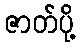
ဇာတ်ပို့